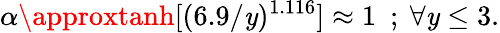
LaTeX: \alpha\approxtanh[(6.9/\mathit{y})^{1.116}]\approx1~~;~\forall\mathit{y}\le3.